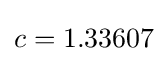
c=1.33607